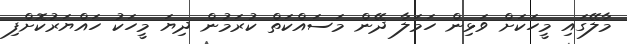
މާލޭގައި މީހަކަށް ވަޅިން ހަމަލާ ދޭން މަސައްކަތް ކުރަމުން ދިޔަ މީހަކު ހައްޔަރުކޮށްފި